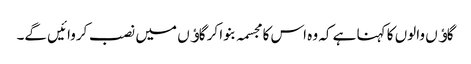
گاﺅں والوں کا کہنا ہے کہ وہ اس کا مجسمہ بنوا کر گاﺅں میں نصب کروائیں گے۔